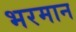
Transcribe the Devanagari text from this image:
भरमान